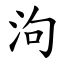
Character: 泃